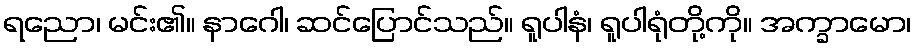
ရညော၊ မင်း၏။ နာဂေါ၊ ဆင်ပြောင်သည်။ ရူပါနံ၊ ရူပါရုံတို့ကို။ အက္ခာမော၊